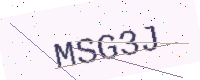
Text: MSG3J